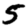
Digit: 5